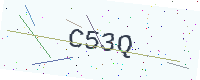
Text: C53Q